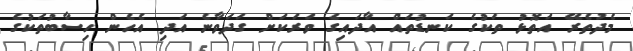
މެދުތެރޭ އަތޮޅު ތަކުގެ ކަނޑުތައް އާދައިގެ ވަރަކަށް ގަދަވާނެ އަދި އެހެން ހިސާބުތަކުގެ